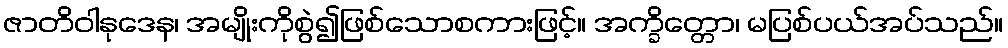
ဇာတိဝါနုဒေန၊ အမျိုးကိုစွဲ၍ဖြစ်သောစကားဖြင့်။ အက္ခိတ္တော၊ မပြစ်ပယ်အပ်သည်။